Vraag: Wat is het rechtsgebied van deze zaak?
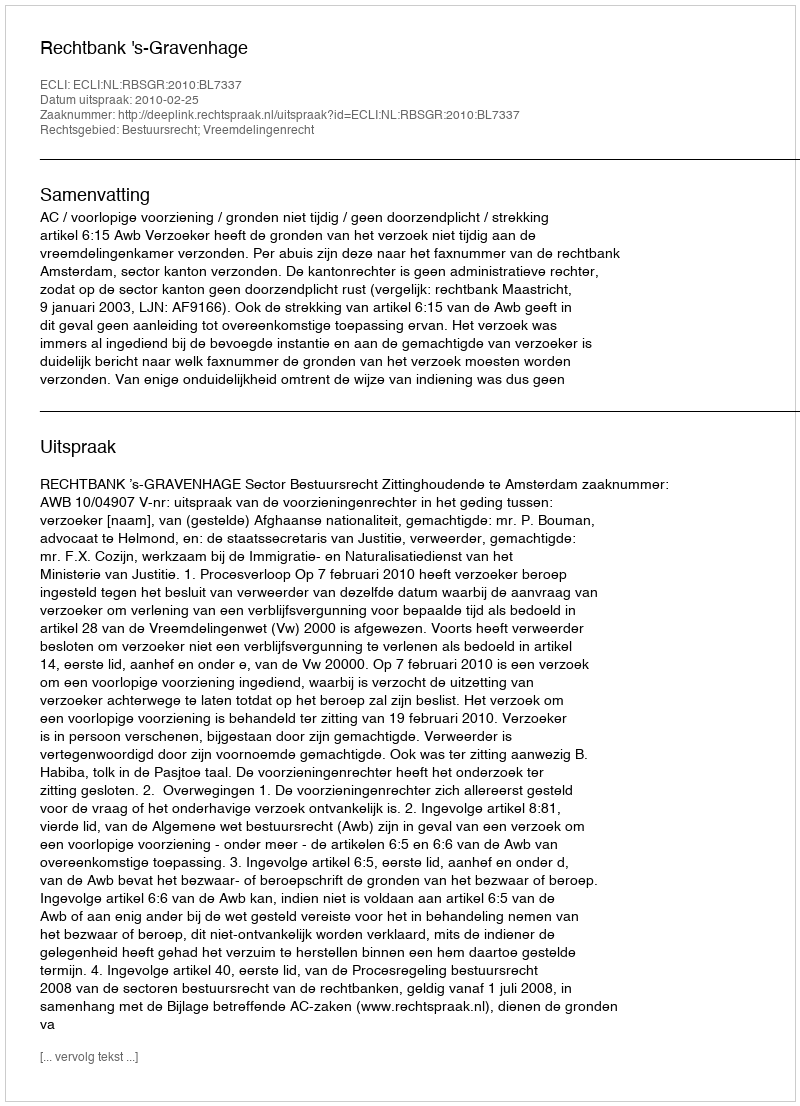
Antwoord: Bestuursrecht; Vreemdelingenrecht